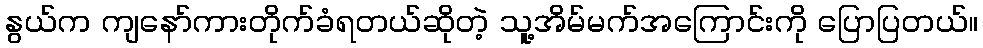
နွယ်က ကျနော်ကားတိုက်ခံရတယ်ဆိုတဲ့ သူ့အိမ်မက်အကြောင်းကို ပြောပြတယ်။